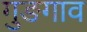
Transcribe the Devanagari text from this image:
गुङगाव